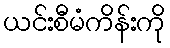
ယင်းစီမံကိန်းကို